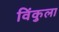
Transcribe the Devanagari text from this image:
विंकुला